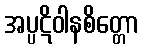
အပ္ပဋိဝါနစိတ္တော